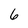
Character: 6